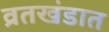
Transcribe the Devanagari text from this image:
व्रतखंडात